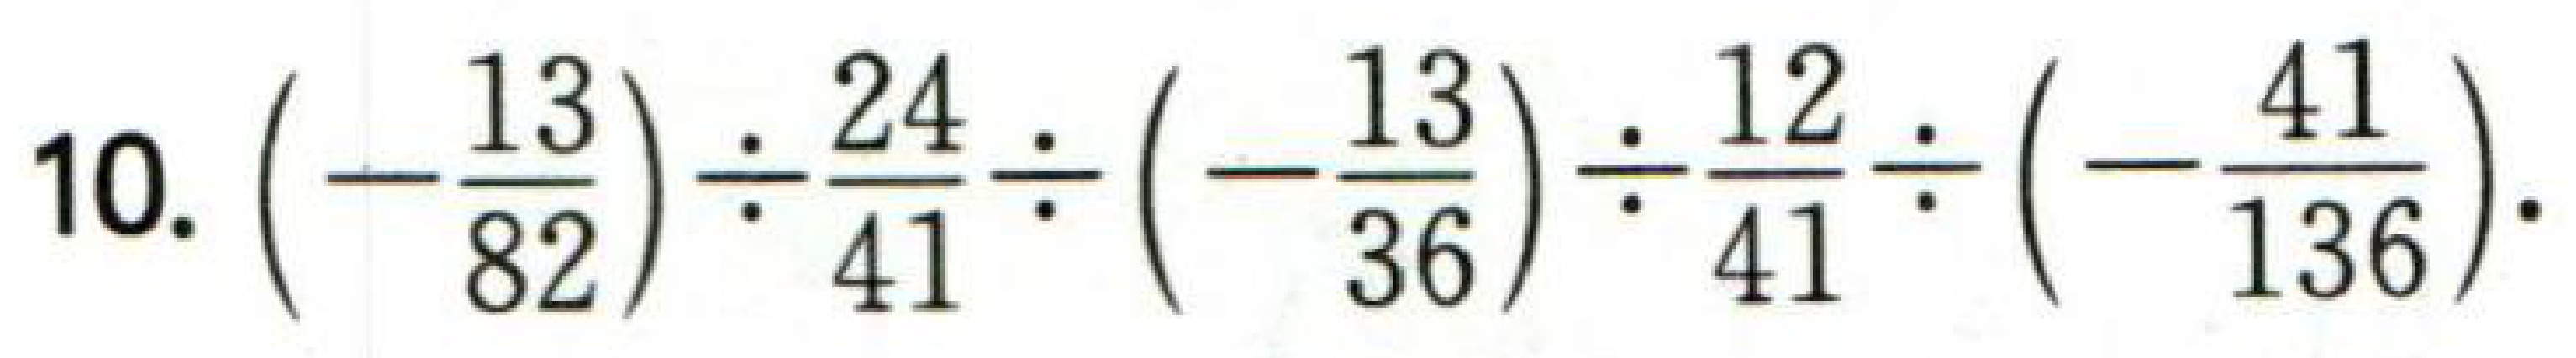
10. \(\left(-\frac{13}{82}\right)\div\frac{24}{41}\div\left(-\frac{13}{36}\right)\div\frac{12}{41}\div\left(-\frac{41}{136}\right)\)